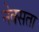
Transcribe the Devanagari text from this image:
नेक्सता